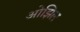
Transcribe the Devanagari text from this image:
ओझिल